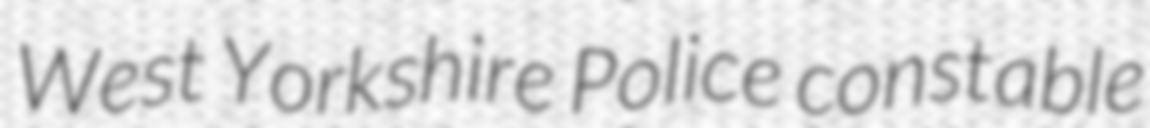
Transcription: West Yorkshire Police constable